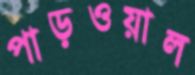
পাড়ওয়াল